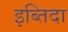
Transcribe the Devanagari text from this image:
इब्तिदा